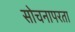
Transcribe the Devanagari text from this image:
सोचनापरता